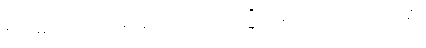
ဧဝမေဝခေါ၊ ဤအတူသာလျှင်။ ယသ္မိံသမယေ၊ အကြင်အခါ၌။